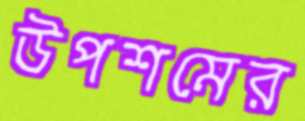
উপশমের